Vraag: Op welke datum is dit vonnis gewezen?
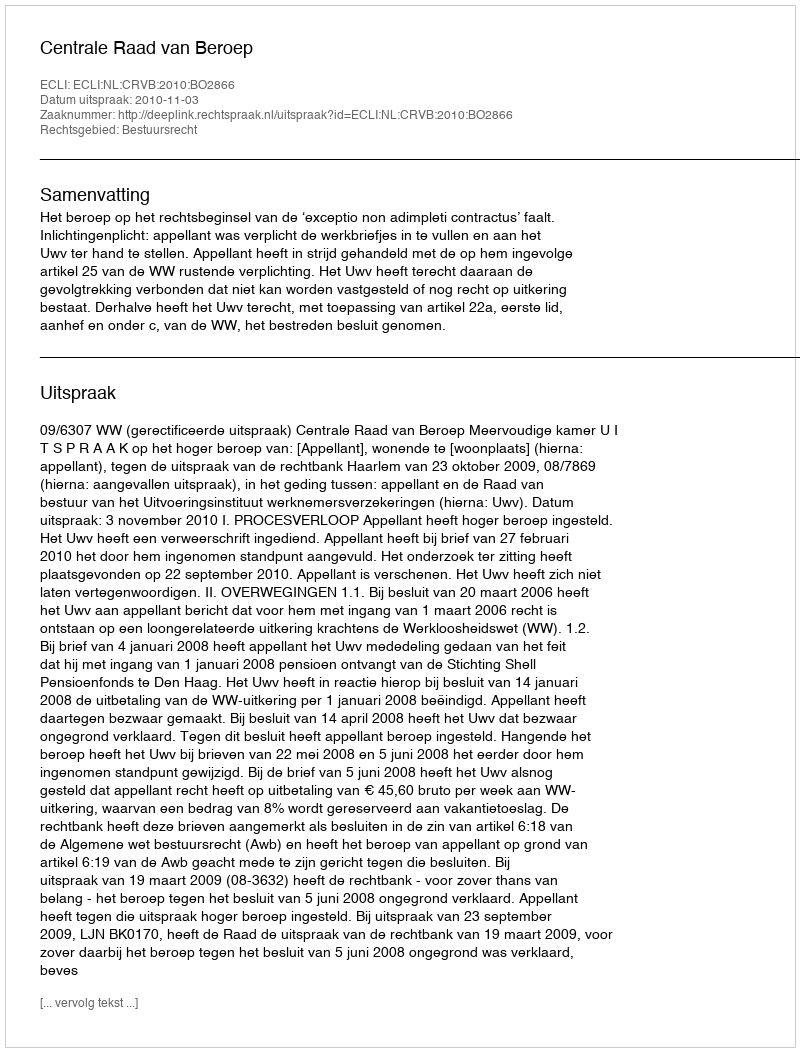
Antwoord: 2010-11-03